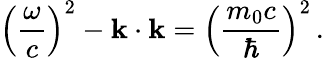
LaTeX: \left({\frac{\omega}{c}}\right)^{2}-\mathbf{k}\cdot\mathbf{k}=\left({\frac{m_{0}c}{\hbar}}\right)^{2}\, .